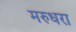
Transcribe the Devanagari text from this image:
मरुधरा